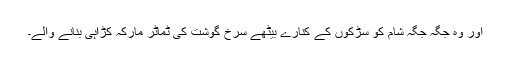
اور وہ جگہ جگہ شام کو سڑکوں کے کنارے بیٹھے سرخ گوشت کی ٹماٹر مارکہ کڑاہی بنانے والے۔